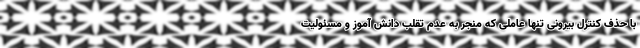
با حذف کنترل بیرونی تنها عاملی که منجر به عدم تقلب دانش آموز و مسئولیت